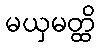
မယှမတ္ထိ